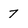
Character: 7